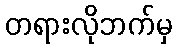
တရားလိုဘက်မှ